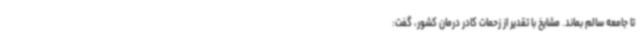
تا جامعه سالم بماند. مشایخ با تقدیر از زحمات کادر درمان کشور، گفت: